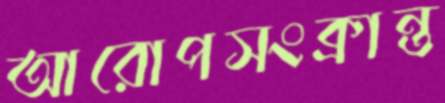
আরোপসংক্রান্ত